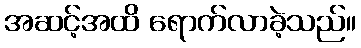
အဆင့်အထိ ရောက်လာခဲ့သည်။